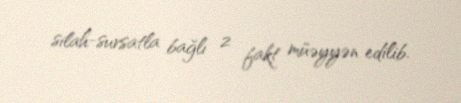
silah-sursatla bağlı 2 fakt müəyyən edilib.